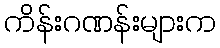
ကိန်းဂဏန်းများက